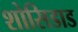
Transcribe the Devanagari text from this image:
शोसिडाड